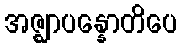
အဇ္ဈာပန္နောတိပေ